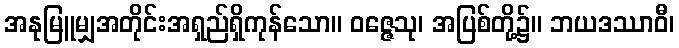
အနုမြူမျှအတိုင်းအရှည်ရှိကုန်သော။ ဝဇ္ဇေသု၊ အပြစ်တို့၌။ ဘယဒဿာဝီ၊